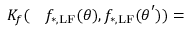
\begin{array} { r l } { K _ { f } ( } & { { } f _ { \mathrm { * , L F } } ( \boldsymbol { \theta } ) , f _ { \mathrm { * , L F } } ( \boldsymbol { \theta } ^ { \prime } ) ) = } \end{array}